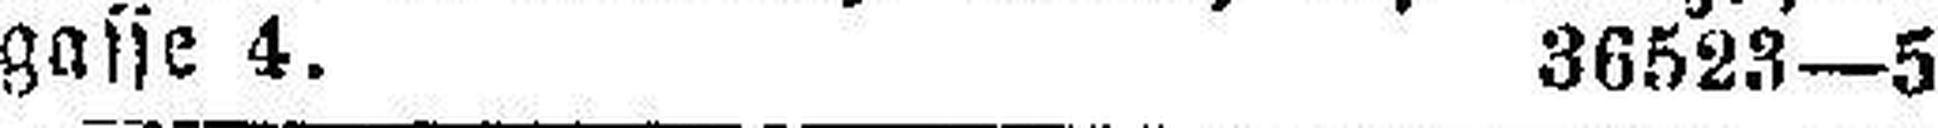
gasse 4. 36523—5